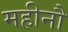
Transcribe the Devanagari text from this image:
महीनौ